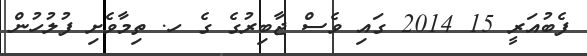
ފެބުުއަރީ 15 2014 ގައި ވެސް ޖާބިރުގެ ގެ ހ. ތިމާވެށި ފުލުހުން